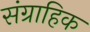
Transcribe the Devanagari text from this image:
संग्राहिक